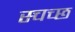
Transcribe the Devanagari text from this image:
स्चच्छ